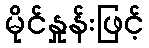
မိုင်နှုန်းဖြင့်